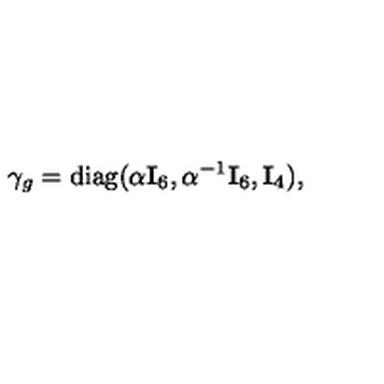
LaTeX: \gamma _ { g } = { \mathrm { d i a g } } ( \alpha { \bf I } _ { 6 } , \alpha ^ { - 1 } { \bf I } _ { 6 } , { \bf I } _ { 4 } ) ,